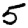
Digit: 5